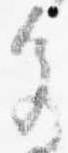
色